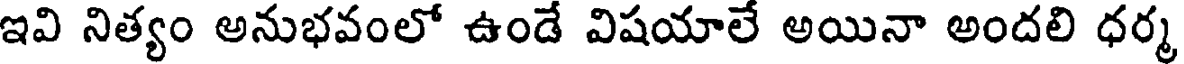
ఇవి నిత్యం అనుభవంలో ఉండే విషయాలే అయినా అందలి ధర్మ